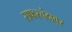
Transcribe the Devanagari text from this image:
सफरचंदावर